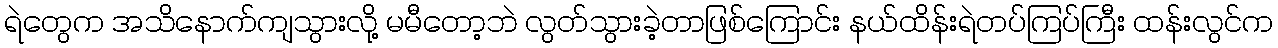
ရဲတွေက အသိနောက်ကျသွားလို့ မမီတော့ဘဲ လွတ်သွားခဲ့တာဖြစ်ကြောင်း နယ်ထိန်းရဲတပ်ကြပ်ကြီး ထန်းလွင်က